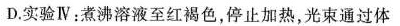
D.实验Ⅳ：煮沸溶液至红褐色，停止加热，光束通过体